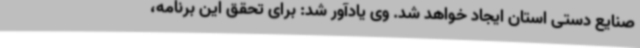
صنایع دستی استان ایجاد خواهد شد. وی یادآور شد: برای تحقق این برنامه،